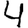
Digit: 4